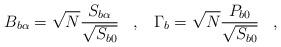
\begin{align*}B_{b\alpha} = \sqrt{N} \frac{S_{b\alpha}}{\sqrt{S_{b0}}} \;\;\; , \;\;\;\Gamma_b = \sqrt{N} \frac{P_{b0}}{\sqrt{S_{b0}}} \;\;\; ,\end{align*}